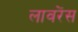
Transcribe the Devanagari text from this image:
लावरेंस